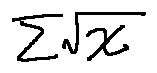
\sum \sqrt { x }